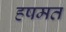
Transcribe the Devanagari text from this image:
हषमत